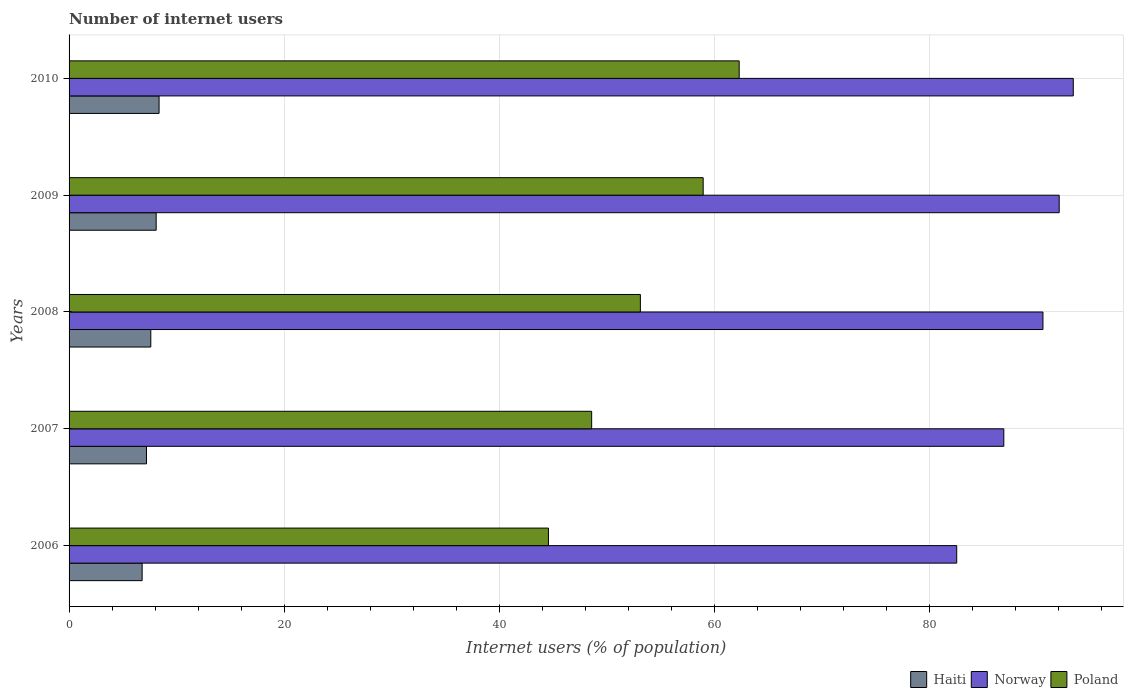
| Years | Haiti | Norway | Poland |
 | --- | --- | --- | --- |
 | 2006 | 6.8 | 82.5 | 44.6 |
 | 2007 | 7.2 | 86.9 | 48.6 |
 | 2008 | 7.6 | 90.6 | 53.1 |
 | 2009 | 8.1 | 92.1 | 59 |
 | 2010 | 8.37 | 93.4 | 62.3 |